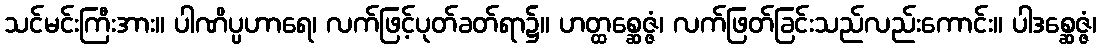
သင်မင်းကြီးအား။ ပါဏိပ္ပဟာရေ၊ လက်ဖြင့်ပုတ်ခတ်ရာ၌။ ဟတ္ထစ္ဆေဇ္ဇံ၊ လက်ဖြတ်ခြင်းသည်လည်းကောင်း။ ပါဒစ္ဆေဇ္ဇံ၊